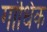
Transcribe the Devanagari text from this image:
गांधिक